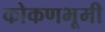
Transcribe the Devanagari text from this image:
कोकणभूमी